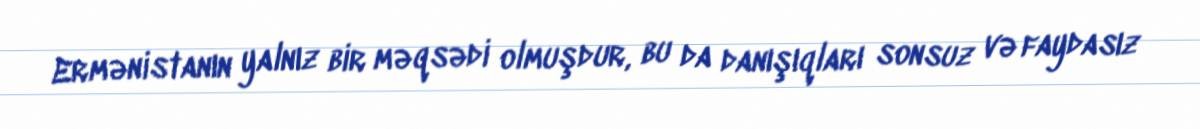
Ermənistanın yalnız bir məqsədi olmuşdur, bu da danışıqları sonsuz və faydasız